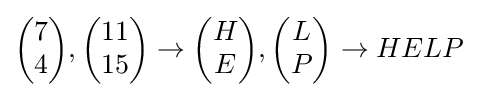
{\begin{pmatrix}7\\4\end{pmatrix}},{\begin{pmatrix}11\\15\end{pmatrix}}\to {\begin{pmatrix}H\\E\end{pmatrix}},{\begin{pmatrix}L\\P\end{pmatrix}}\to HELP